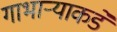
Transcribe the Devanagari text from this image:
गाभार्‍याकडे